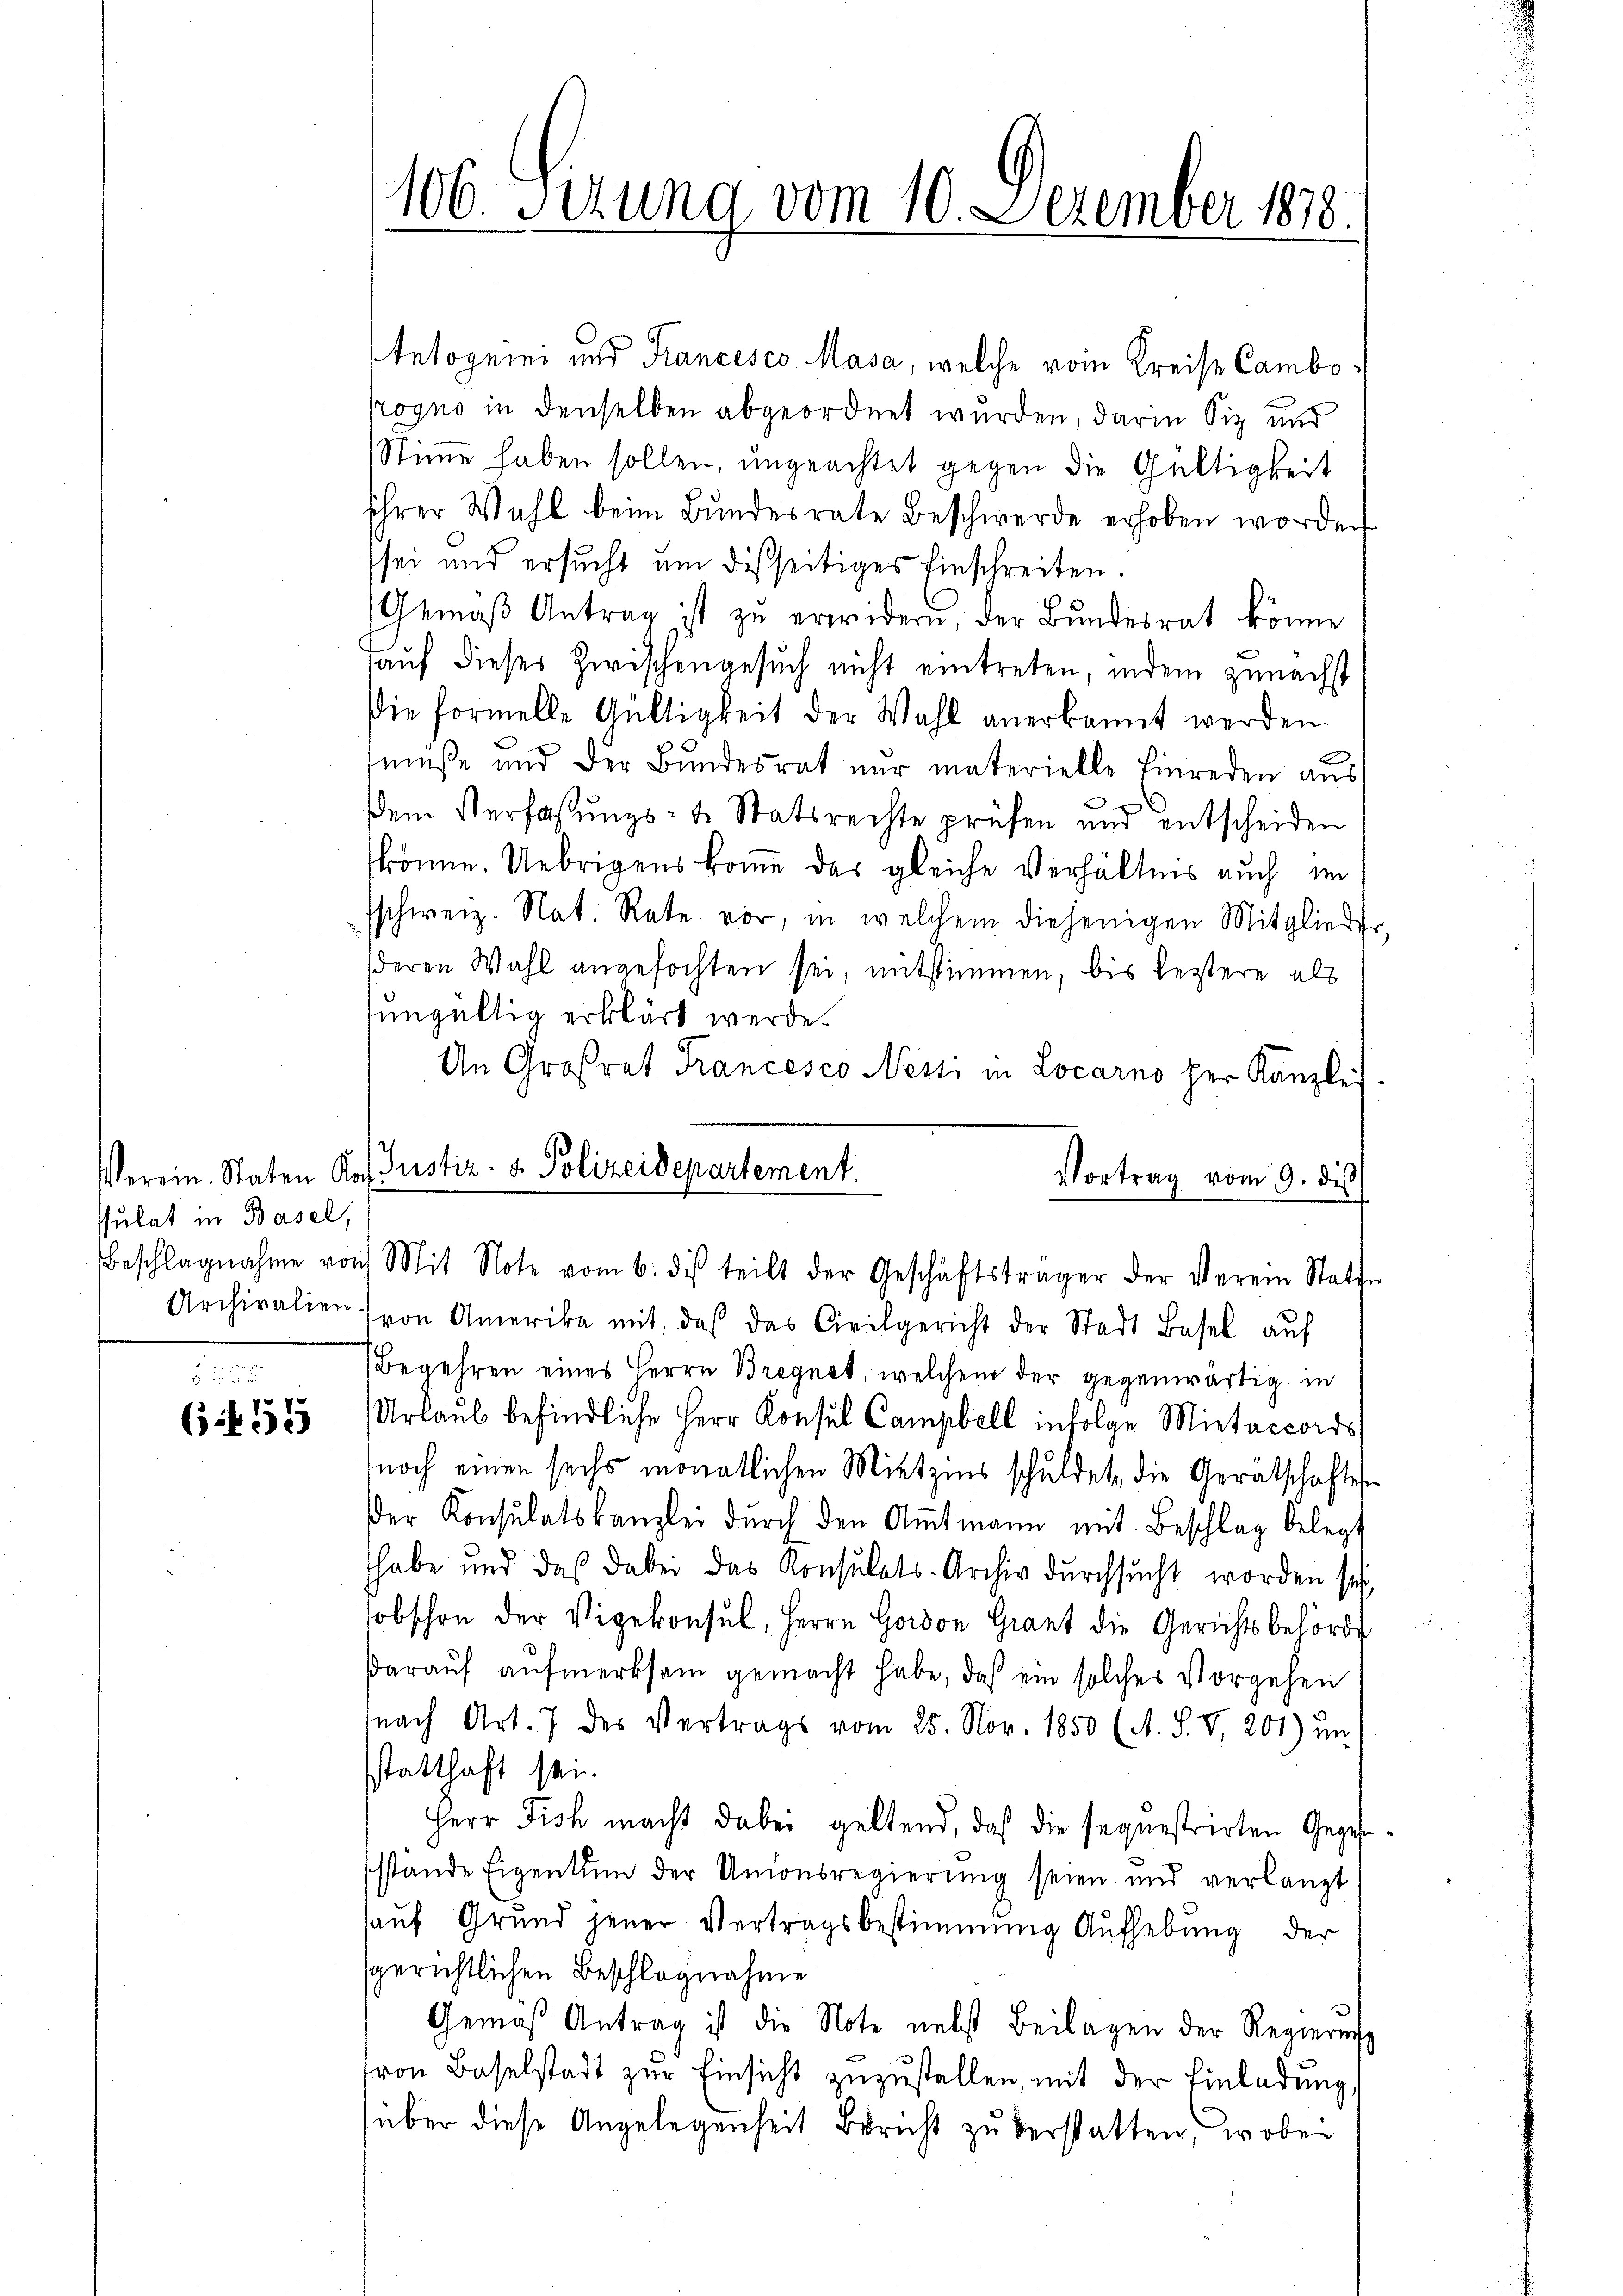
Pulat in Basel,
Archivalien.

2
 f 0 x
6f di

106. Serung vom 10. Dezember 1838.

Tetogrini und Francesco Masa, welche vom Kreise Camboogno in denselben abgeordnet wurden, darin Siz und
Stimme haben sollen, ungeachtet gegen die Gültigkeit
ihrer Wahl beim Bundesrate Beschwerde erhoben worden
sei und ersucht um dießseitiges Einschreiten.
Gemäβ Antrag ist zŭ erwidern, der Bundesrat könne
auf dieses Zwischengesuch nicht eintreten, indem zunächst
Die Formelle Gültigkeit der Wahl anerkannt werden
müße und der Bŭndesrat nur materielle Einreden aŭs
x
dem Verfaßungs- u. Statsrechte prüfen und entscheiden
könne. Uebrigens komme das gleiche Verhältnis auch im
sschweiz. Nat. Rate vor, in welchem diejenigen Mitglieder
deren Wahl angefochten sei, mitstimmen, bis leztere als
ungültig erklärt werde.
An Großrat Francesco Nessi in Locarno her Kanzlei.
Verein. Staten Kof Justiz- & Polizeidepartement.
Vortrag vom 9. dis

Beschlagnahme von Mit Note vom 6. dis teilt der Geschäftsträger der Verein Statte

von Amerika mit, daß das Civilgericht der Stadt Basel auf
Begehren eines Herrn Bregnet, welchem der gegenwärtig in
Urlaub befindliche Herr Konsul Campbell infolge Mietaccords
noch einen sechs monatlichen Mietzins schuldet, die Gerätschaftes
er Konsulatskanzlei dŭrch den Amtmann mit Beschlag belegt
habe und das dabei das Konsulats-Archiv durchsucht worden sei,
obschon der Vigekonsul, Herrn Homon Giant die Gerichtsbehörde
darauf aufmerksam gemacht habe, daß ein solches Vorgehen
nach Art. 7 des Vertrags vom 25. Nov. 1850 (A. S. V. 201) un
statthaft sei.
Herr Fisch macht dabei geltend, daß die sequestrirten Gegenssstände Eigentum der Unionsregierung seien und verlangt
auf Grund jener Vertragsbestimmung Aufhebung der
sgerichtlichen Beschlagnahme
Gemäß Antrag ist die Note nebst Beilagen der Regierung
ron Baselstadt zŭr Einsicht zŭzŭstellen, mit der Einladŭng,
über diese Angelegenheit Bericht zu verstatten, wobei